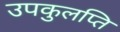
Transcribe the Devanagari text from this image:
उपकुलप्ति